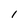
Character: l